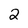
Character: 2